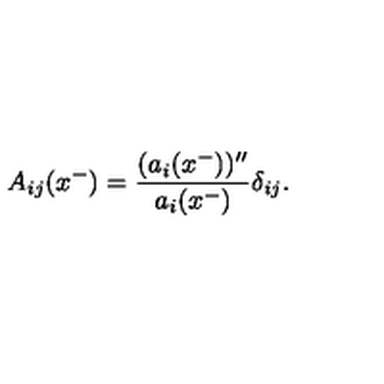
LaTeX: A _ { i j } ( x ^ { - } ) = \frac { ( a _ { i } ( x ^ { - } ) ) ^ { \prime \prime } } { a _ { i } ( x ^ { - } ) } \delta _ { i j } .